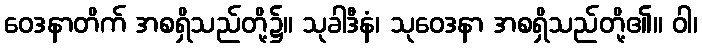
ဝေဒနာတိက် အစရှိသည်တို့၌။ သုခါဒီနံ၊ သုဝေဒနာ အစရှိသည်တို့၏။ ဝါ၊